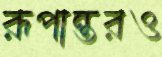
রূপান্তরও